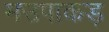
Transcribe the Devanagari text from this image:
मउपाकड़